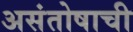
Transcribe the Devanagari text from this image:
असंतोषाची